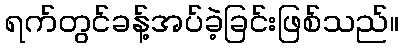
ရက်တွင်ခန့်အပ်ခဲ့ခြင်းဖြစ်သည်။